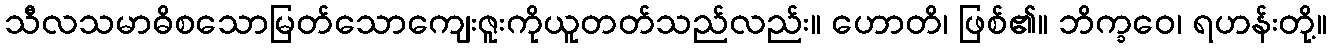
သီလသမာဓိစသောမြတ်သောကျေးဇူးကိုယူတတ်သည်လည်း။ ဟောတိ၊ ဖြစ်၏။ ဘိက္ခဝေ၊ ရဟန်းတို့။